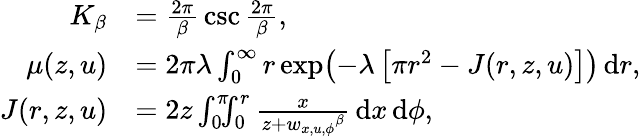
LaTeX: \begin{array}{rl}{K_{\beta}}&{=\frac{2\pi}{\beta}\, \csc\frac{2\pi}{\beta},}\\ {\mu(z,u)}&{=2\pi\lambda\int_{0}^{\infty}r\exp\bigl(-\lambda\, \bigl[\pi r^{2}-J(r,z,u)\bigr]\bigr)\, \mathrm{d}r,}\\ {J(r,z,u)}&{=2z\int_{0}^{\pi}\! \! \! \int_{0}^{r}\frac{x}{z+{w_{x,u,\phi}}^{\beta}}\, \mathrm{d}x\, \mathrm{d}\phi,}\end{array}